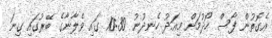
އެގޮތުން ފާސް ހޯދުމަށް މިއަދު ހެނދުނު 10:30 ގައި ވެލާނާގެ ބޭރުގައި ގިނަ